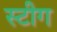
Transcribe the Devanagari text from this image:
स्टीग